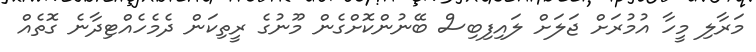
މަރާލި މީހާ އުމުރަށް ޖަލަށް ލައިފިބިސް ބޭނުންކޮށްގެން މޫނުގެ ރީތިކަން ދެމެހެއްޓިދާނެ ގޮތެއް